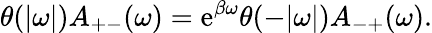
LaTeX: \theta(|\omega|)A_{+-}(\omega)=\mathrm{e}^{\beta\omega}\theta(-|\omega|)A_{-+}(\omega).